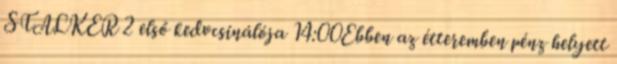
STALKER 2 első kedvcsinálója 14:00Ebben az étteremben pénz helyett